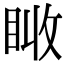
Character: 𥅪